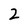
Character: 2